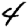
Digit: 4